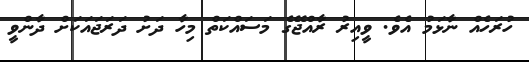
ހުރަހެއް ނާޅަމު އެވެ. ވީއިރު ރާއްޖޭގެ މަސައްކަތް މިހާ ދަށު ދަރަޖައަކަށް ދާންވީ